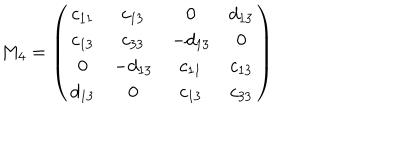
M _ { 4 } = \left( \begin{array} { c c c c } { { c _ { 1 1 } } } & { { c _ { 1 3 } } } & { { 0 } } & { { d _ { 1 3 } } } \\ { { c _ { 1 3 } } } & { { c _ { 3 3 } } } & { { - d _ { 1 3 } } } & { { 0 } } \\ { { 0 } } & { { - d _ { 1 3 } } } & { { c _ { 1 1 } } } & { { c _ { 1 3 } } } \\ { { d _ { 1 3 } } } & { { 0 } } & { { c _ { 1 3 } } } & { { c _ { 3 3 } } } \\ \end{array} \right)